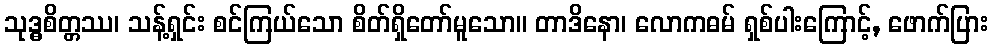
သုဒ္ဓစိတ္တဿ၊ သန့်ရှင်း စင်ကြယ်သော စိတ်ရှိတော်မူသော။ တာဒိနော၊ လောကဓမ် ရှစ်ပါးကြောင့်, ဖောက်ပြား